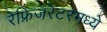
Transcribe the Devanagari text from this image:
रेफ्रिजरेटरमध्ये